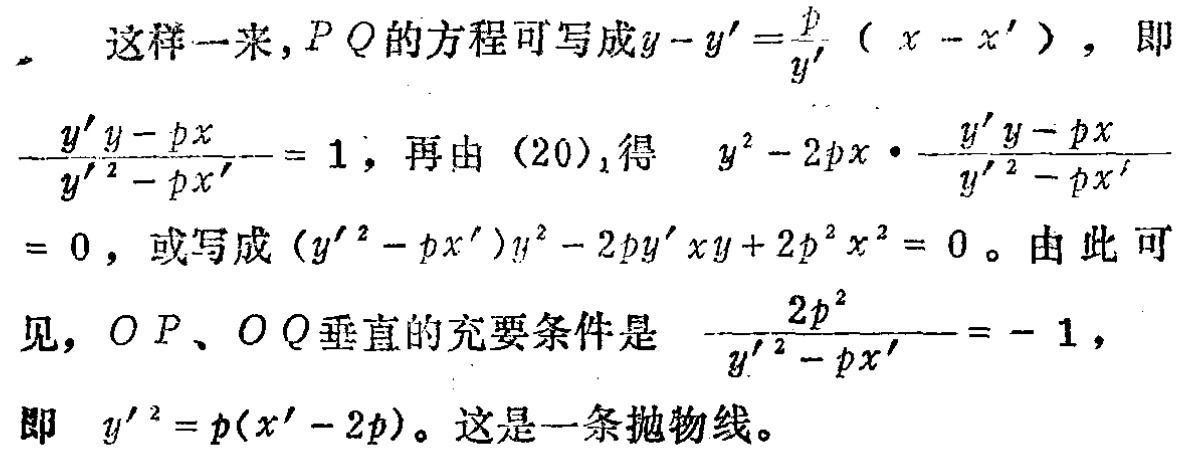
这样一来，$PQ$的方程可写成$y - y' = \frac{p}{y'}(x - x')$，即
$\frac{y'y - px}{y'^{2} - px'} = 1$，再由$(20)_1$得 $y^{2} - 2px\cdot\frac{y'y - px}{y'^{2} - px'}$
$ = 0$，或写成$(y'^{2} - px')y^{2} - 2py'xy + 2p^{2}x^{2} = 0$。由此可见，$OP$、$OQ$垂直的充要条件是 $\frac{2p^{2}}{y'^{2} - px'} = - 1$，
即 $y'^{2} = p(x' - 2p)$。这是一条抛物线。